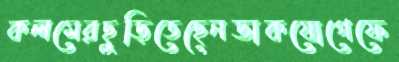
কলমেরছুড়িতেছেনডাকযোগেফে